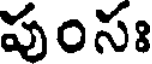
పుంసః